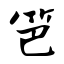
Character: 笆